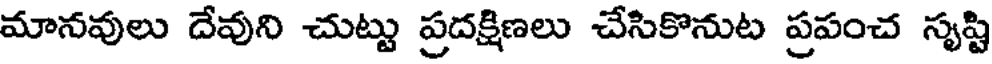
మానవులు దేవుని చుట్టు ప్రదక్షిణలు చేసికొనుట ప్రపంచ సృష్టి